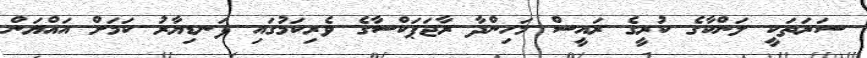
ސަރަތަކީ ލަންކާގެ ކުރީގެ ރައީސް މަހިންދާ ރާޖަޕަކްސާގެ ވެރިކަމުގައި ފަނޑިޔާރު ކަމަށް އައްޔަން